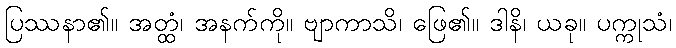
ပြဿနာ၏။ အတ္ထံ၊ အနက်ကို။ ဗျာကာသိ၊ ဖြေ၏။ ဒါနိ၊ ယခု။ ပက္ကုသံ၊